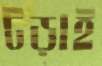
টড়াই